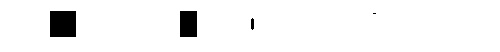
：髪躊舍渺浸徃慤